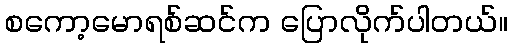
စကော့မောရစ်ဆင်က ပြောလိုက်ပါတယ်။